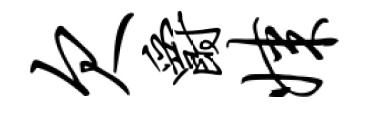
欠爵媒